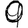
Digit: 9